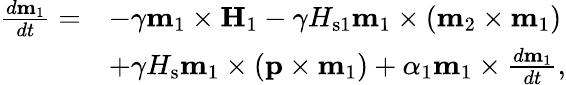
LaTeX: \begin{array}{rl}{\frac{d\mathbf{m}_{1}}{dt}=}&{-\gamma\mathbf{m}_{1}\times\mathbf{H}_{1}-\gamma H_{\mathrm{s}1}\mathbf{m}_{1}\times\left(\mathbf{m}_{2}\times\mathbf{m}_{1}\right)}\\ &{+\gamma H_{\mathrm{s}}\mathbf{m}_{1}\times\left(\mathbf{p}\times\mathbf{m}_{1}\right)+\alpha_{1}\mathbf{m}_{1}\times\frac{d\mathbf{m}_{1}}{dt},}\end{array}